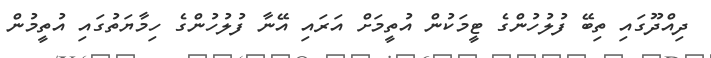
ދިއްދޫގައި ތިބޭ ފުލުހުންގެ ޓީމަކުން އުތީމަށް އަރައި އޭނާ ފުލުހުންގެ ހިމާޔަތުގައި އުތީމުން